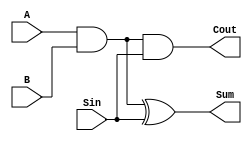
module MHA (Sum, Cout, A, B, Sin);
   input A;
   input B;
   input Sin;
   output Sum;
   output Cout;
	wire	w1;
	and	a0(w1, A, B);
	xor	x1(Sum, w1, Sin);
	and	a1(Cout, w1, Sin);
endmodule